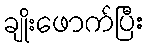
ချိုးဖောက်ပြီး